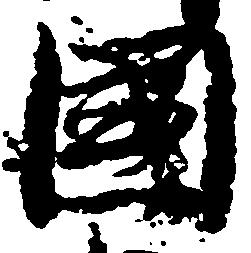
国